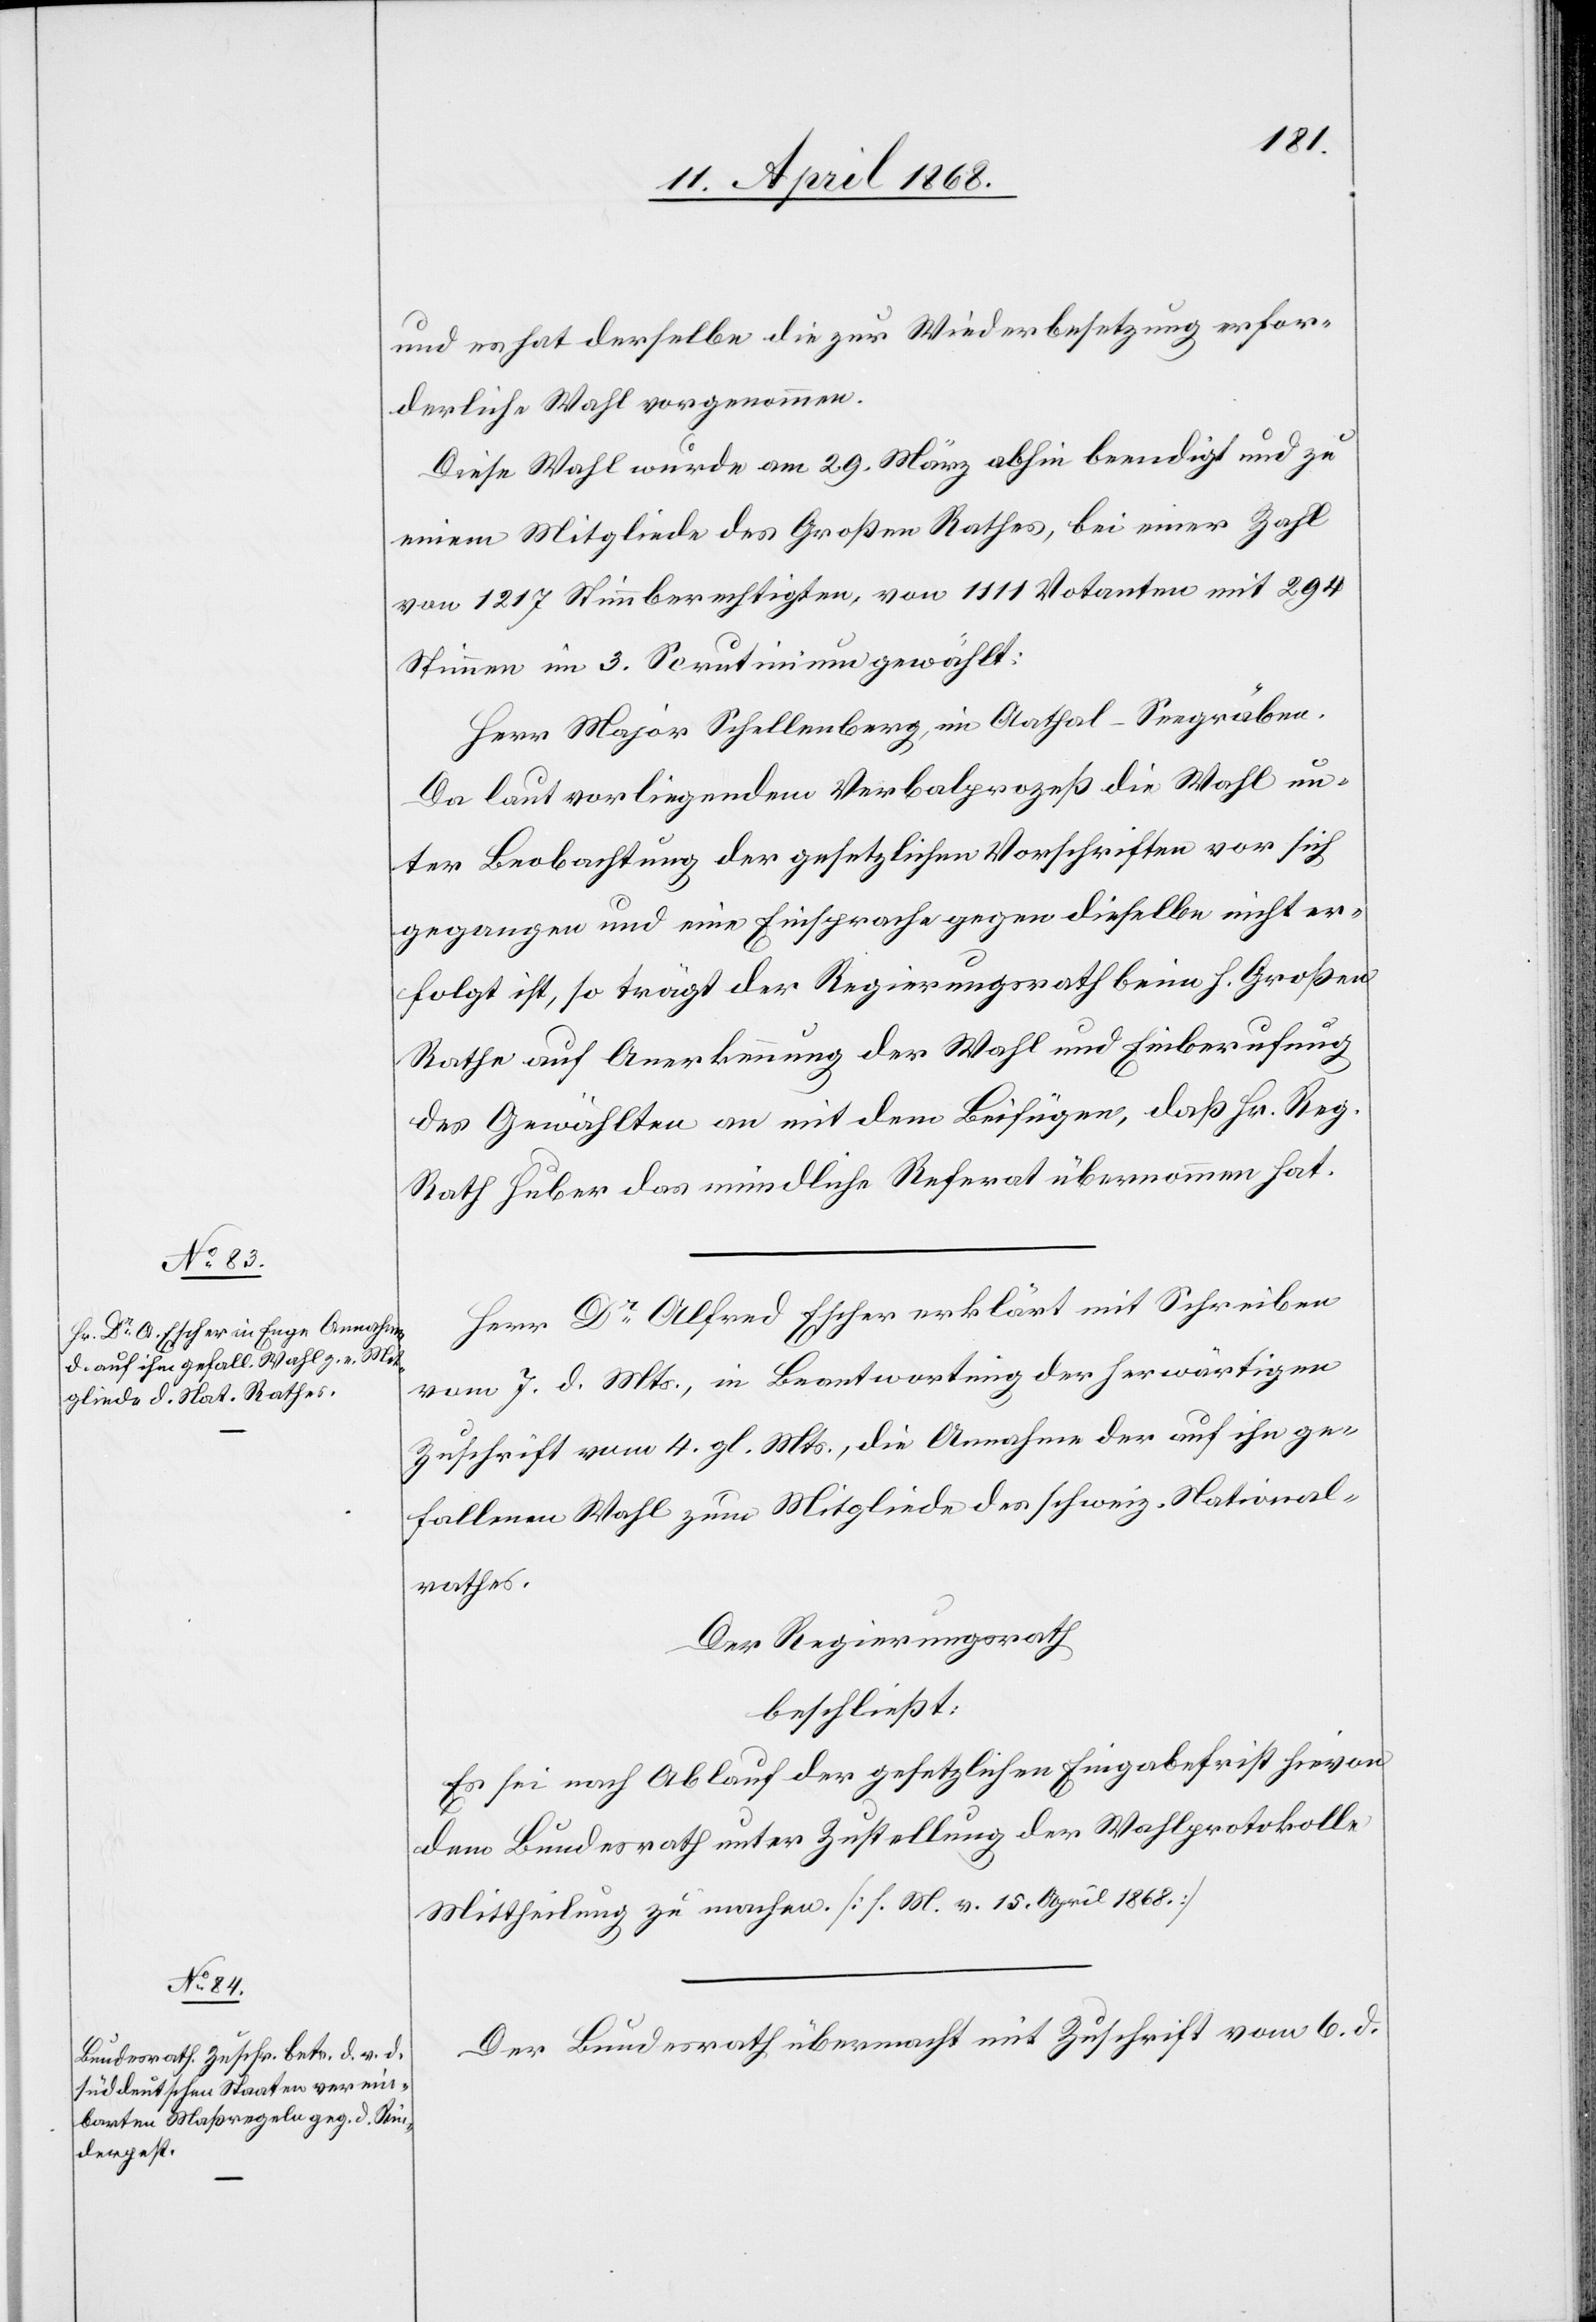
und es hat derselbe die zur Wiederbesetzung erfor¬
derliche Wahl vorgenommen.
Diese Wahl wurde am 29. März abhin beendigt und zu
einem Mitgliede des Großen Rathes, bei einer Zahl
von 1217 Stimmberechtigten, von 1111 Votanten mit 294
Stimmen im 3. Scrutinium gewählt:
Herr Major Schellenberg, im Aathal-Seegräben.
Da laut vorliegendem Verbalprozeß die Wahl un¬
ter Beobachtung der gesetzlichen Vorschriften vor sich
gegangen und eine Einsprache gegen dieselbe nicht er¬
folgt ist, so trägt der Regierungsrath beim h. Großen
Rathe auf Anerkennung der Wahl und Einberufung
des Gewählten an mit dem Beifügen, daß Hr. Reg.
Rath Huber das mündliche Referat übernommen hat.
Herr Dr. Alfred Escher erklärt mit Schreiben
vom 7. d. Mts., in Beantwortung der herwärtigen
Zuschrift vom 4. gl. Mts., die Annahme der auf ihn ge¬
fallenen Wahl zum Mitgliede des schweiz. National¬
rathes.
Der Regierungsrath
beschließt:
Es sei nach Ablauf der gesetzlichen Eingabefrist hievon
dem Bundesrath unter Zustellung der Wahlprotokolle
Mittheilung zu machen. [s. M. v. 15. April 1868.]
Der Bundesrath übermacht mit Zuschrift vom 6. d.